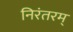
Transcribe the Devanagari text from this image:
निरंतरम्‌